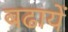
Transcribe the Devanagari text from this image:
बढायें